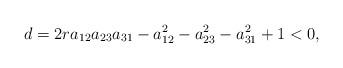
LaTeX: \begin{align*} d=2ra_{12}a_{23}a_{31}-a_{12}^2-a_{23}^2-a_{31}^2+1<0, \end{align*}